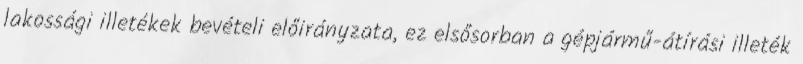
lakossági illetékek bevételi előirányzata, ez elsősorban a gépjármű-átírási illeték